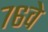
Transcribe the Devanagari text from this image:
७६वे